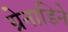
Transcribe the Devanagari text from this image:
ग्रेनाडिने